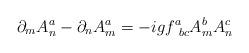
LaTeX: \begin{align*}\partial_m A_n^a-\partial_n A_m^a = -igf^a_{~bc}A_m^bA_n^c\end{align*}